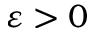
\varepsilon > 0